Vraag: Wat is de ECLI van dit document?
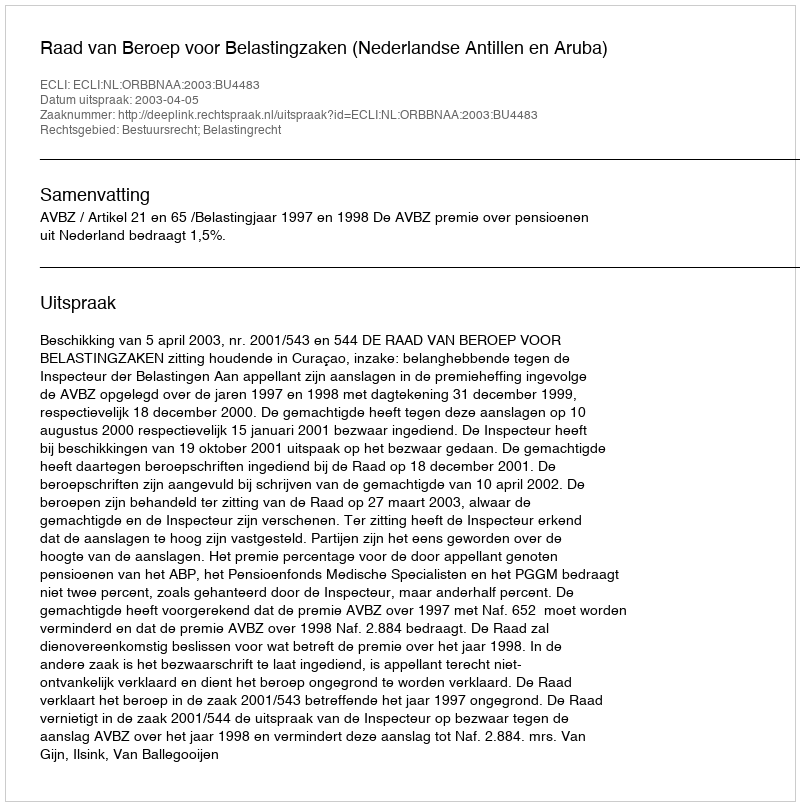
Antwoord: ECLI:NL:ORBBNAA:2003:BU4483